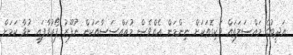
އަދީބުގެ މައްސަލަތައް ވަކިގޮތަކަށް ނިންމަން އެއްވެސް މުއައްސަސާއަކުން ނުފޫޒު ފޯރުވާފައި ނުވާ ކަމަށް